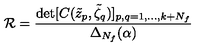
\mathcal { R } = \frac { \det [ C ( \tilde { z } _ { p } , \tilde { \zeta } _ { q } ) ] _ { p , q = 1 , \dots , k + N _ { f } } } { \Delta _ { N _ { f } } ( \alpha ) }